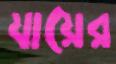
যায়ের